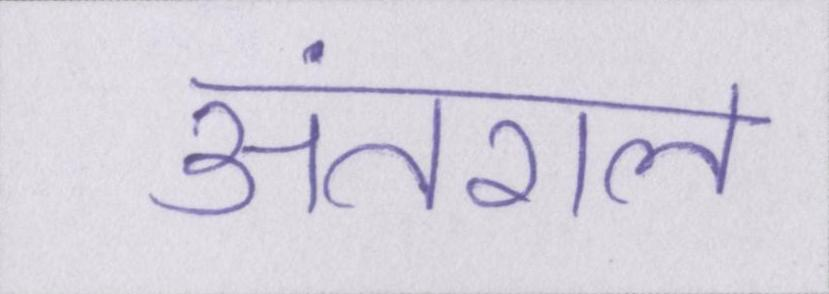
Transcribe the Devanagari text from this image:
अंतराल